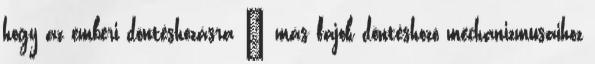
hogy az emberi döntéshozásra – más fajok döntéshozó mechanizmusaihoz